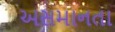
અસમાનતા